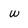
Character: w